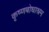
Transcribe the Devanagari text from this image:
कृष्णबोधाश्रम